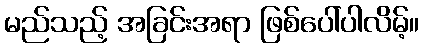
မည်သည့် အခြင်းအရာ ဖြစ်ပေါ်ပါလိမ့်။